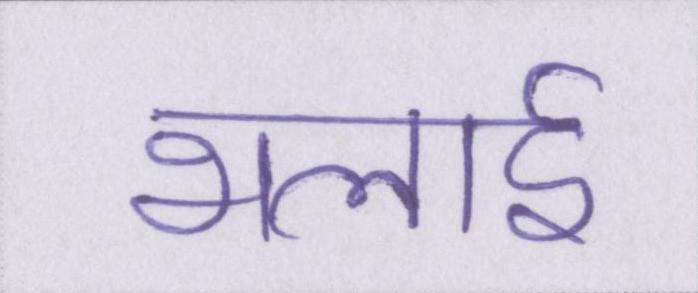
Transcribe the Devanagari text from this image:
भलाई